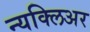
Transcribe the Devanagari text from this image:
न्यक्लिअर